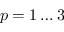
p = 1 \ldots 3